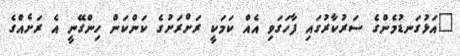
"އަޅުގަނޑުމެންގެ ސަރުކާރުގައި ފާހަގަވި އެއް ކަމަކީ ރަށްރަށުގެ ކަންކަން ހިންގޭނީ އެ ރަށެއްގެ